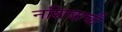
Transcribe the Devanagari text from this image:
नशिबाची